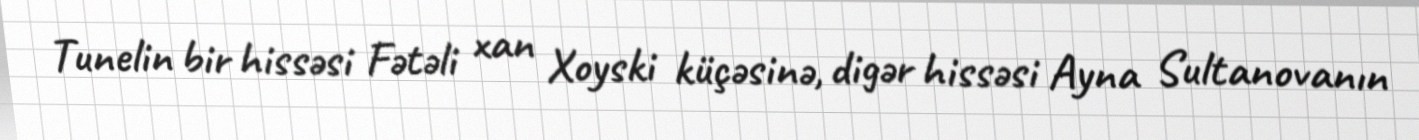
Tunelin bir hissəsi Fətəli xan Xoyski küçəsinə, digər hissəsi Ayna Sultanovanın